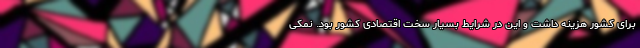
برای کشور هزینه داشت و این در شرایط بسیار سخت اقتصادی کشور بود. نمکی